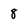
Character: 8